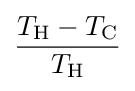
{\frac {T_{\rm {H}}-T_{\rm {C}}}{T_{\rm {H}}}}